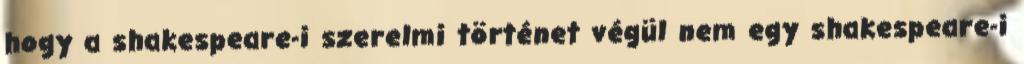
hogy a shakespeare-i szerelmi történet végül nem egy shakespeare-i